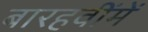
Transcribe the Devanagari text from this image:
बारहवींमें